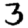
Digit: 3